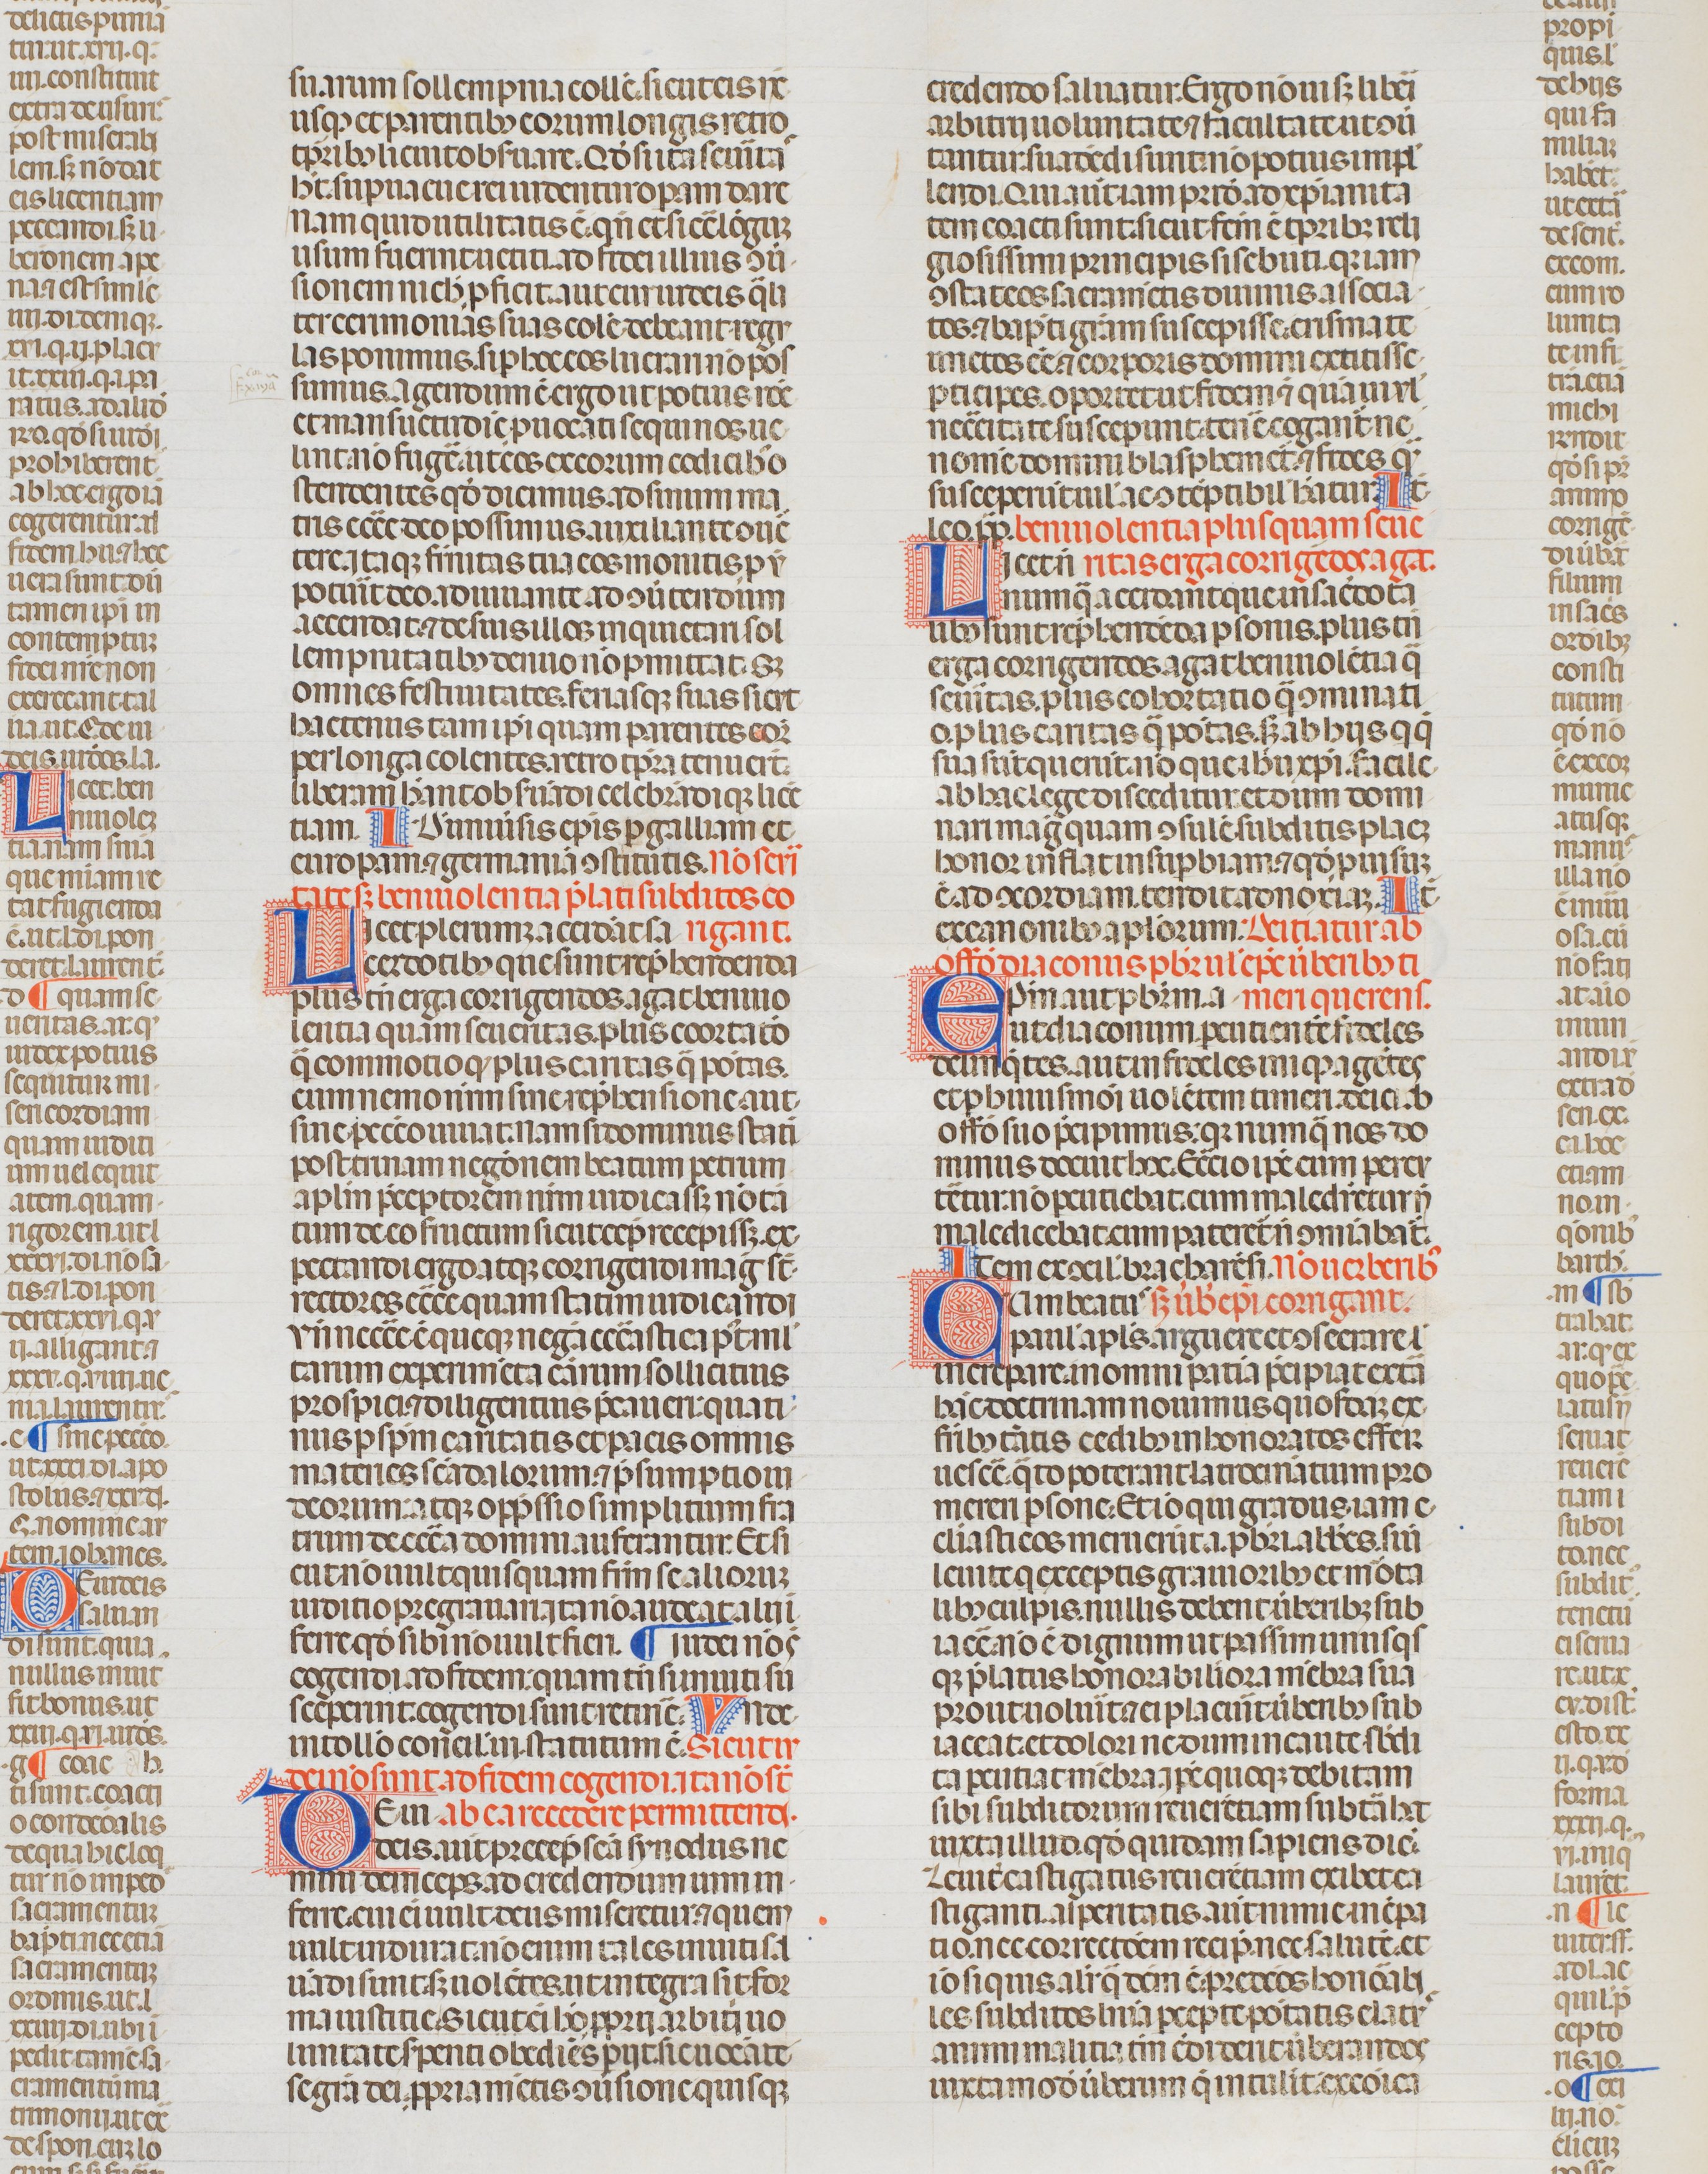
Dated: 1340–1350